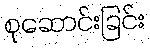
စုဆောင်းခြင်း